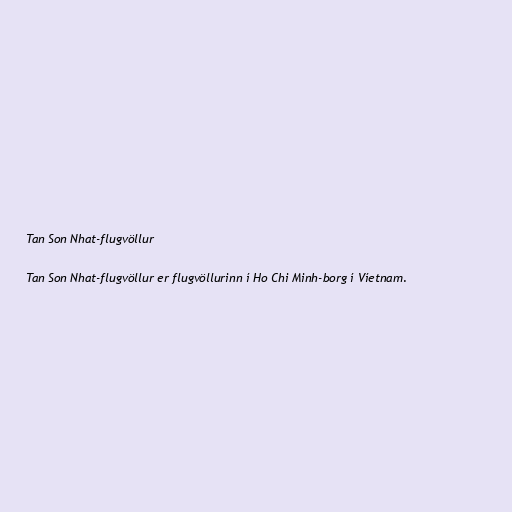
Tan Son Nhat-flugvöllur

Tan Son Nhat-flugvöllur er flugvöllurinn í Ho Chi Minh-borg í Víetnam.